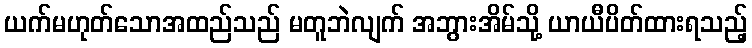
ယက်မဟုတ်သောအထည်သည် မတူဘဲလျက် အဘွားအိမ်သို့ ယာယီပိတ်ထားရသည့်